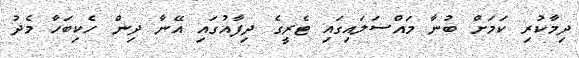
ދިމާކުރި ކަމަށް ބުނާ މައްސަލައިގައި ޓެރީގެ ދިފާއުގައި އޭނާ ދިން ހެކިބަހާ މެދު